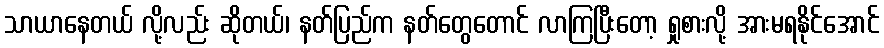
သာယာနေတယ် လို့လည်း ဆိုတယ်၊ နတ်ပြည်က နတ်တွေတောင် လာကြပြီးတော့ ရှုစားလို့ အားမရနိုင်အောင်